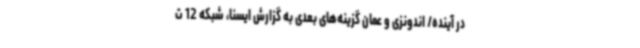
در آینده/ اندونزی و عمان گزینه‌های بعدی به گزارش ایسنا، شبکه 12 ت